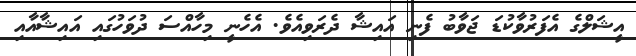
އީޝަލްގެ އެފަރުވާކުޑަ ޖަވާބު ފެނި އައިޝާ ދެރަވިއެވެ. އެހެނީ މިހާއްސަ ދުވަހުގައި އައިޝާއާއި